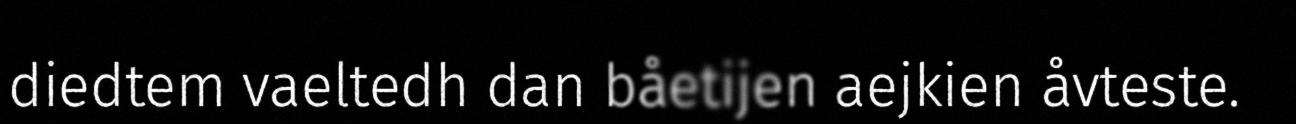
diedtem vaeltedh dan båetijen aejkien åvteste.